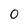
Character: 0